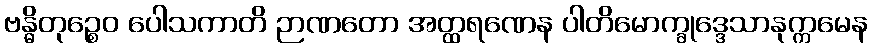
ဗန္ဓိတုဉ္စေဝ ပေါသကာတိ ဉာဏတော အတ္ထရဏေန ပါတိမောက္ခုဒ္ဒေသာနုက္ကမေန